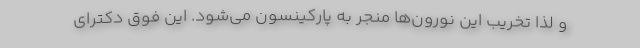
و لذا تخریب این نورون‌ها منجر به پارکینسون می‌شود. این فوق دکترای